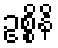
ဥစ္စိနိ